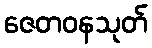
ဇေတဝနသုတ်